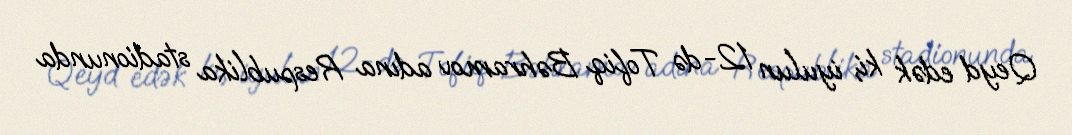
Qeyd edək ki, iyulun 12-də Tofiq Bəhramov adına Respublika stadionunda